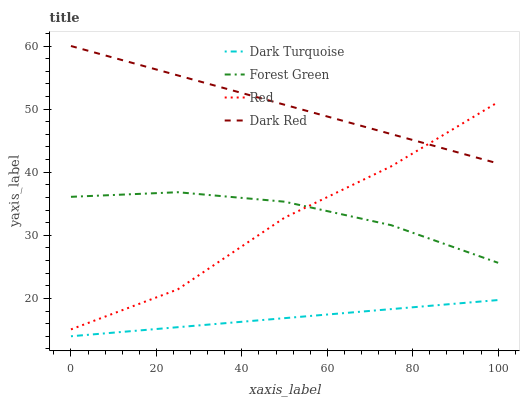
| xaxis_label | Dark Turquoise | Forest Green | Red | Dark Red |
 | --- | --- | --- | --- | --- |
 | 0 | 14 | 36.1 | 15.1 | 60 |
 | 25 | 15.4 | 36.8 | 21.4 | 55.3 |
 | 50 | 16.9 | 35.3 | 32.8 | 50.7 |
 | 75 | 18.3 | 31.6 | 40.9 | 46 |
 | 100 | 19.7 | 25.6 | 51.1 | 41.4 |